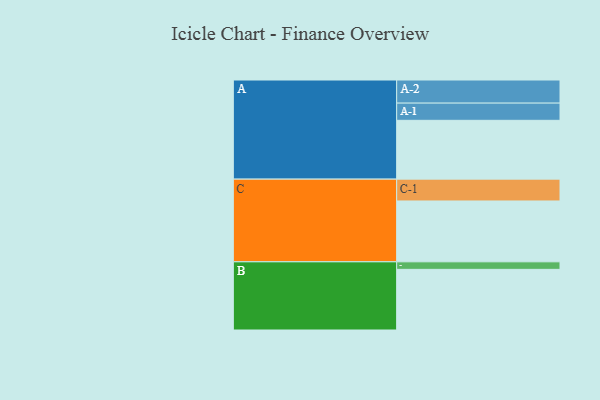
{"axis": {"x": "Segment", "y": "Value"}, "legend": ["", "A", "B", "C"], "data": [{"x": "A", "y": 547, "type": ""}, {"x": "B", "y": 564, "type": ""}, {"x": "C", "y": 566, "type": ""}, {"x": "A-1", "y": 160, "type": "A"}, {"x": "A-2", "y": 215, "type": "A"}, {"x": "B-1", "y": 70, "type": "B"}, {"x": "C-1", "y": 203, "type": "C"}]}